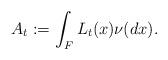
LaTeX: \begin{align*}A_t:=\int_FL_t(x)\nu(dx).\end{align*}